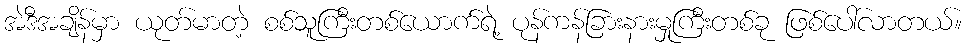
အဲဒီအချိန်မှာ ယုတ်မာတဲ့ စစ်သူကြီးတစ်ယောက်ရဲ့ ပုန်ကန်ခြားနားမှုကြီးတစ်ခု ဖြစ်ပေါ်လာတယ်။